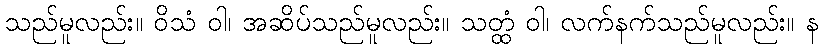
သည်မူလည်း။ ဝိသံ ဝါ၊ အဆိပ်သည်မူလည်း။ သတ္ထံ ဝါ၊ လက်နက်သည်မူလည်း။ န